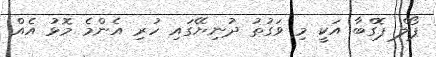
ޕޯލް ޕޮގްބާ އަކީ މި ވަގުތު ދުނިޔޭގައި ހުރި އެންމެ މޮޅު އެއް